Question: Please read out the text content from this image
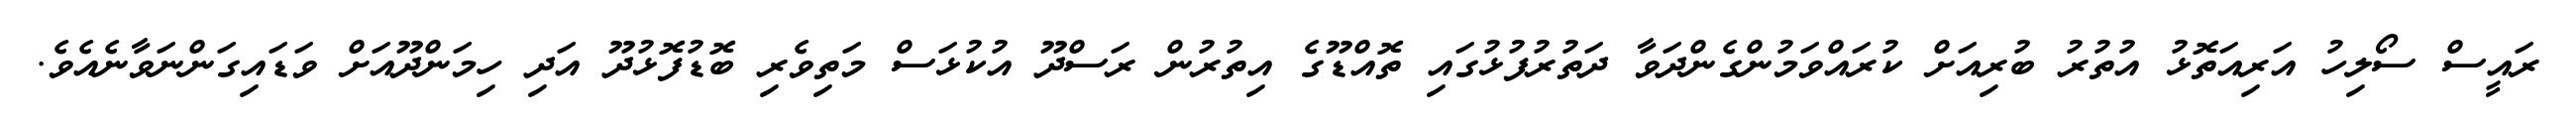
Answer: ރައީސް ސޯލިހު އަރިއަތޮޅު އުތުރު ބުރިއަށް ކުރައްވަމުންގެންދަވާ ދަތުރުފުޅުގައި ތޮއްޑޫގެ އިތުރުން ރަސްދޫ އުކުޅަސް މަތިވެރި ބޮޑުފޮޅުދޫ އަދި ހިމަންދޫއަށް ވަޑައިގަންނަވާނެއެވެ.